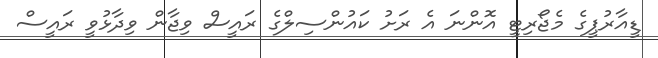
ޑީއާރުޕީގެ މެޖޯރިޓީ އޮންނަ އެ ރަށު ކައުންސިލްގެ ރައީސް ވިޖާން ވިދާޅުވީ ރައީސް